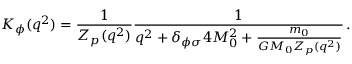
K _ { \phi } ( q ^ { 2 } ) = { \frac { 1 } { Z _ { p } ( q ^ { 2 } ) } } { \frac { 1 } { q ^ { 2 } + \delta _ { \phi \sigma } 4 M _ { 0 } ^ { 2 } + { \frac { m _ { 0 } } { G M _ { 0 } Z _ { p } ( q ^ { 2 } ) } } } } \, .